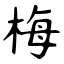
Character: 梅